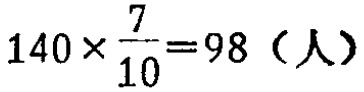
$140\times \frac{7}{10}=98 \text{（人）}$